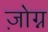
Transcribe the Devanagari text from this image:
ज़ोग्न